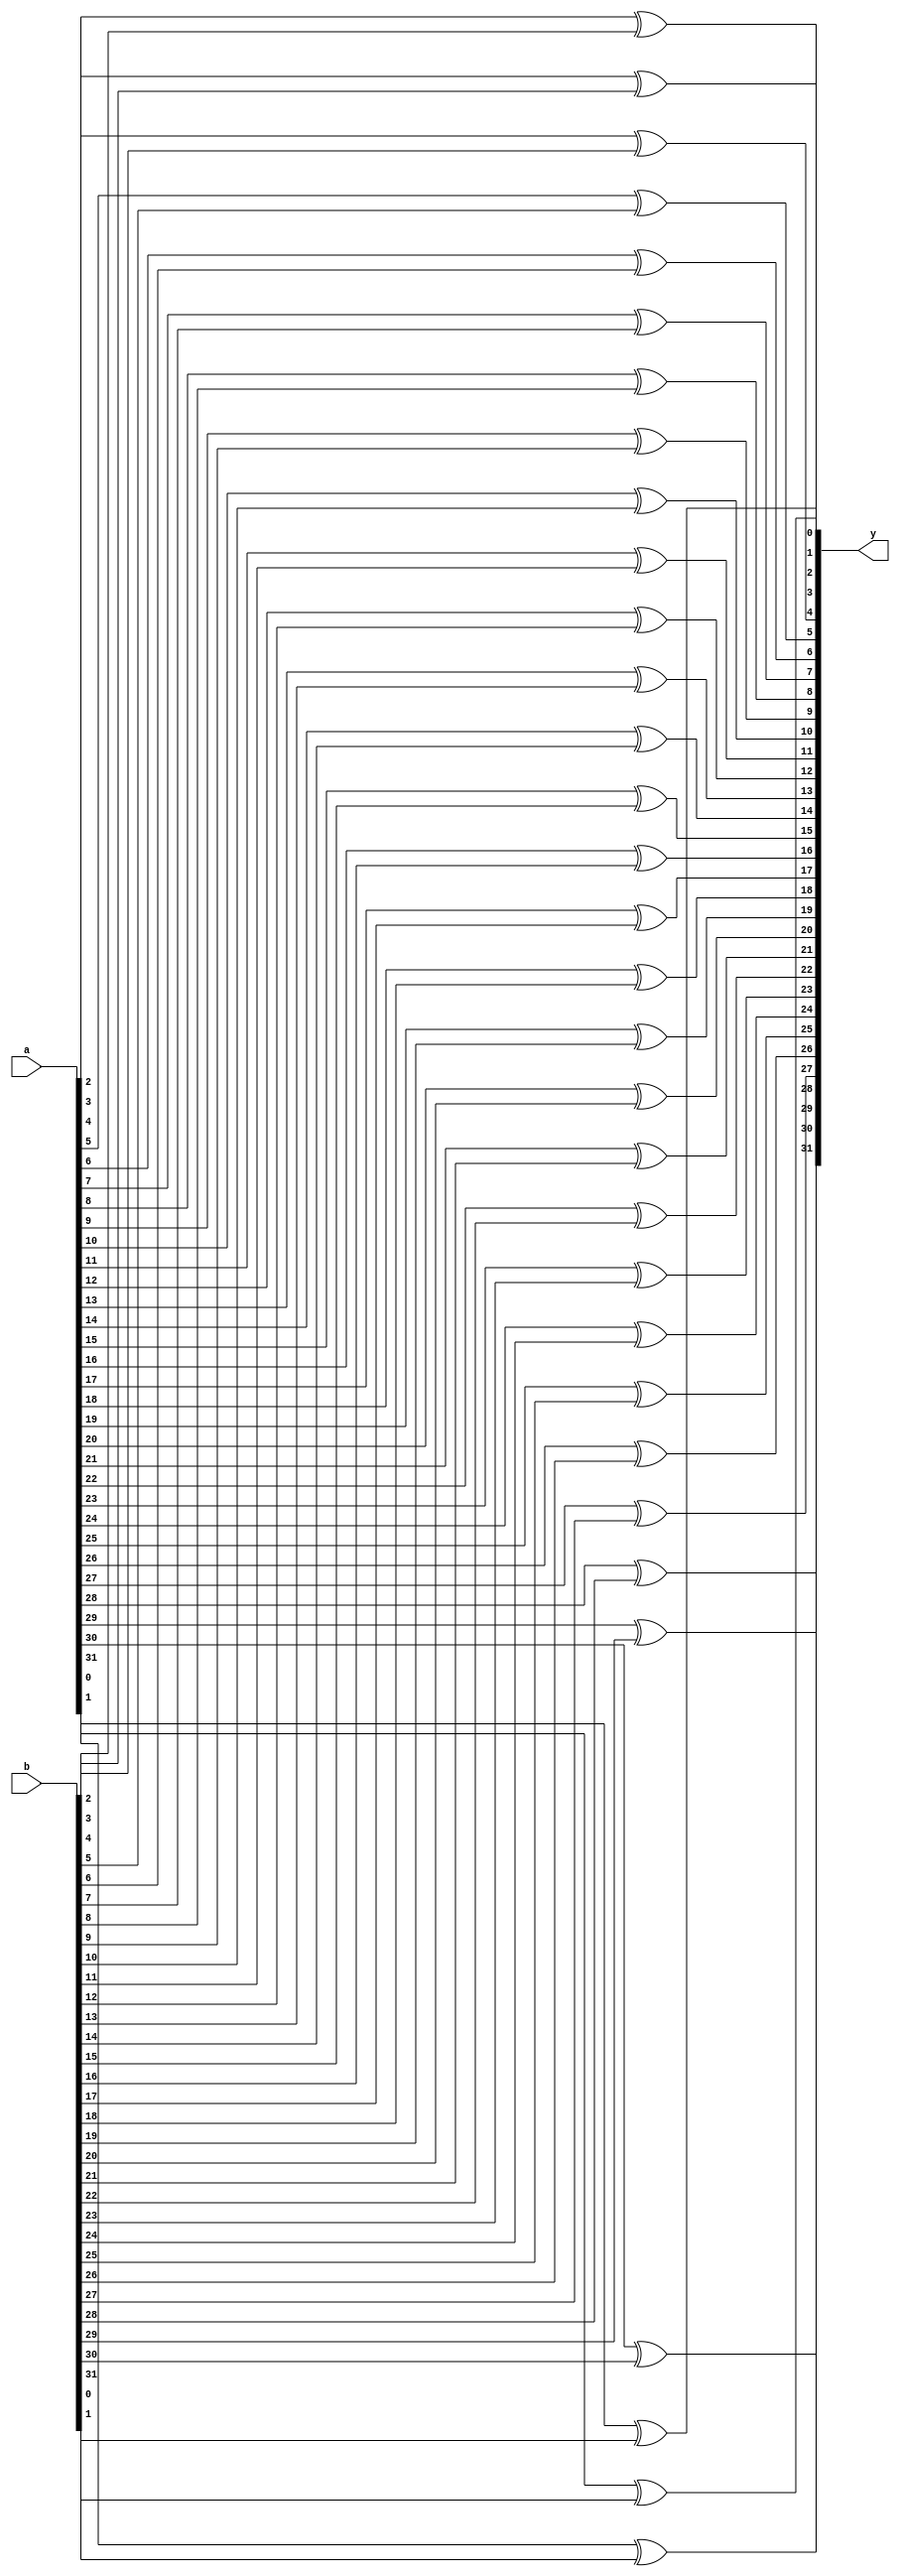
module xor_gate(
    input [31:0] a,
    input [31:0] b,
    output [31:0] y
);

    
    xor xor_gate_0(y[0], a[0], b[0]);
    xor xor_gate_1(y[1], a[1], b[1]);
	 xor xor_gate_2(y[2], a[2], b[2]);
	 xor xor_gate_3(y[3], a[3], b[3]);
	 xor xor_gate_4(y[4], a[4], b[4]);
	 xor xor_gate_5(y[5], a[5], b[5]);
	 xor xor_gate_6(y[6], a[6], b[6]);
	 xor xor_gate_7(y[7], a[7], b[7]);
	 xor xor_gate_8(y[8], a[8], b[8]);
	 xor xor_gate_9(y[9], a[9], b[9]);
	 xor xor_gate_10(y[10], a[10], b[10]);
    xor xor_gate_11(y[11], a[11], b[11]);
	 xor xor_gate_12(y[12], a[12], b[12]);
	 xor xor_gate_13(y[13], a[13], b[13]);
	 xor xor_gate_14(y[14], a[14], b[14]);
	 xor xor_gate_15(y[15], a[15], b[15]);
	 xor xor_gate_16(y[16], a[16], b[16]);
	 xor xor_gate_17(y[17], a[17], b[17]);
	 xor xor_gate_18(y[18], a[18], b[18]);
	 xor xor_gate_19(y[19], a[19], b[19]);
	 xor xor_gate_20(y[20], a[20], b[20]);
	 xor xor_gate_21(y[21], a[21], b[21]);
	 xor xor_gate_22(y[22], a[22], b[22]);
	 xor xor_gate_23(y[23], a[23], b[23]);
	 xor xor_gate_24(y[24], a[24], b[24]);
	 xor xor_gate_25(y[25], a[25], b[25]);
	 xor xor_gate_26(y[26], a[26], b[26]);
	 xor xor_gate_27(y[27], a[27], b[27]);
	 xor xor_gate_28(y[28], a[28], b[28]);
	 xor xor_gate_29(y[29], a[29], b[29]);
	 xor xor_gate_30(y[30], a[30], b[30]);
    xor xor_gate_31(y[31], a[31], b[31]);

endmodule